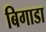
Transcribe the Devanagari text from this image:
बिगाडा